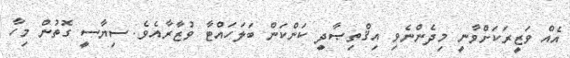
އެއް ވަޒީރަކަށްވާނީ މިދެންނެވި އިޤްތިޞާދީ ކަންކަން ބަލަހައްޓާ ވުޒާރާއެވެ. ސިޔާސީ ގޮތުން މިހާ